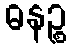
ဓနဉ္စ